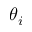
\theta _ { i }